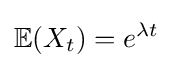
\mathbb {E} (X_{t})=e^{\lambda t}